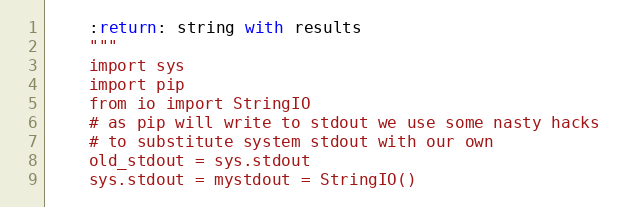
Language: Python
    :return: string with results
    """
    import sys
    import pip
    from io import StringIO
    # as pip will write to stdout we use some nasty hacks
    # to substitute system stdout with our own
    old_stdout = sys.stdout
    sys.stdout = mystdout = StringIO()